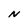
Character: N